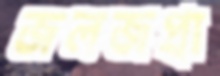
জলজপ্রা